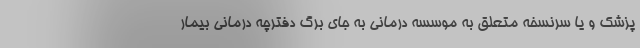
پزشک و یا سرنسخه متعلق به موسسه درمانی به جای برگ دفترچه درمانی بیمار